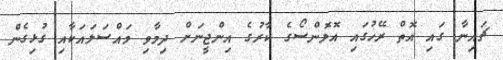
ޗައިނާ ގައި އޮތް ރޭހުގައި އޮލޮންސޯގެ ކާރުގެ އިންޖީނަށް ދިމާވި މައްސަލައަކާއި ގުޅިގެން